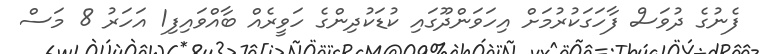
ފެނުގެ ދުވަސް ފާހަގަކުރުމަށް އިހަވަންދޫގައި ކުޑަކުދިންގެ ހަވީރެއް ބާއްވައިފި1 އަހަރު 8 މަސް